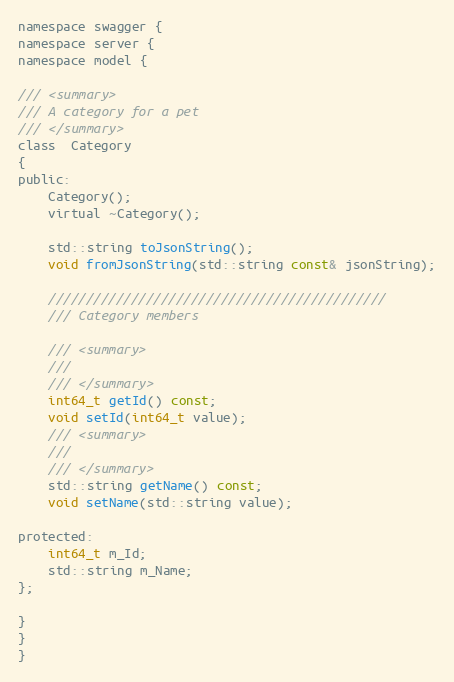
Language: C
namespace swagger {
namespace server {
namespace model {

/// <summary>
/// A category for a pet
/// </summary>
class  Category
{
public:
    Category();
    virtual ~Category();

    std::string toJsonString();
    void fromJsonString(std::string const& jsonString);

    /////////////////////////////////////////////
    /// Category members

    /// <summary>
    ///
    /// </summary>
    int64_t getId() const;
    void setId(int64_t value);
    /// <summary>
    ///
    /// </summary>
    std::string getName() const;
    void setName(std::string value);

protected:
    int64_t m_Id;
    std::string m_Name;
};

}
}
}